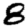
Digit: 8